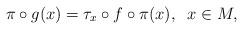
LaTeX: \begin{align*}\pi\circ g(x)=\tau_x\circ f\circ \pi(x),\;\;x\in M,\end{align*}